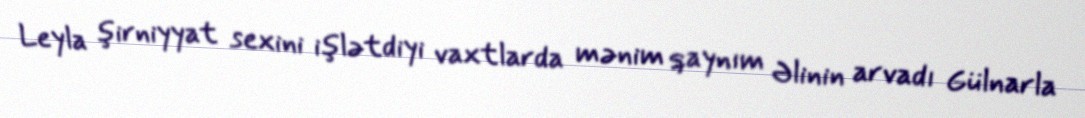
Leyla şirniyyat sexini işlətdiyi vaxtlarda mənim qaynım Əlinin arvadı Gülnarla